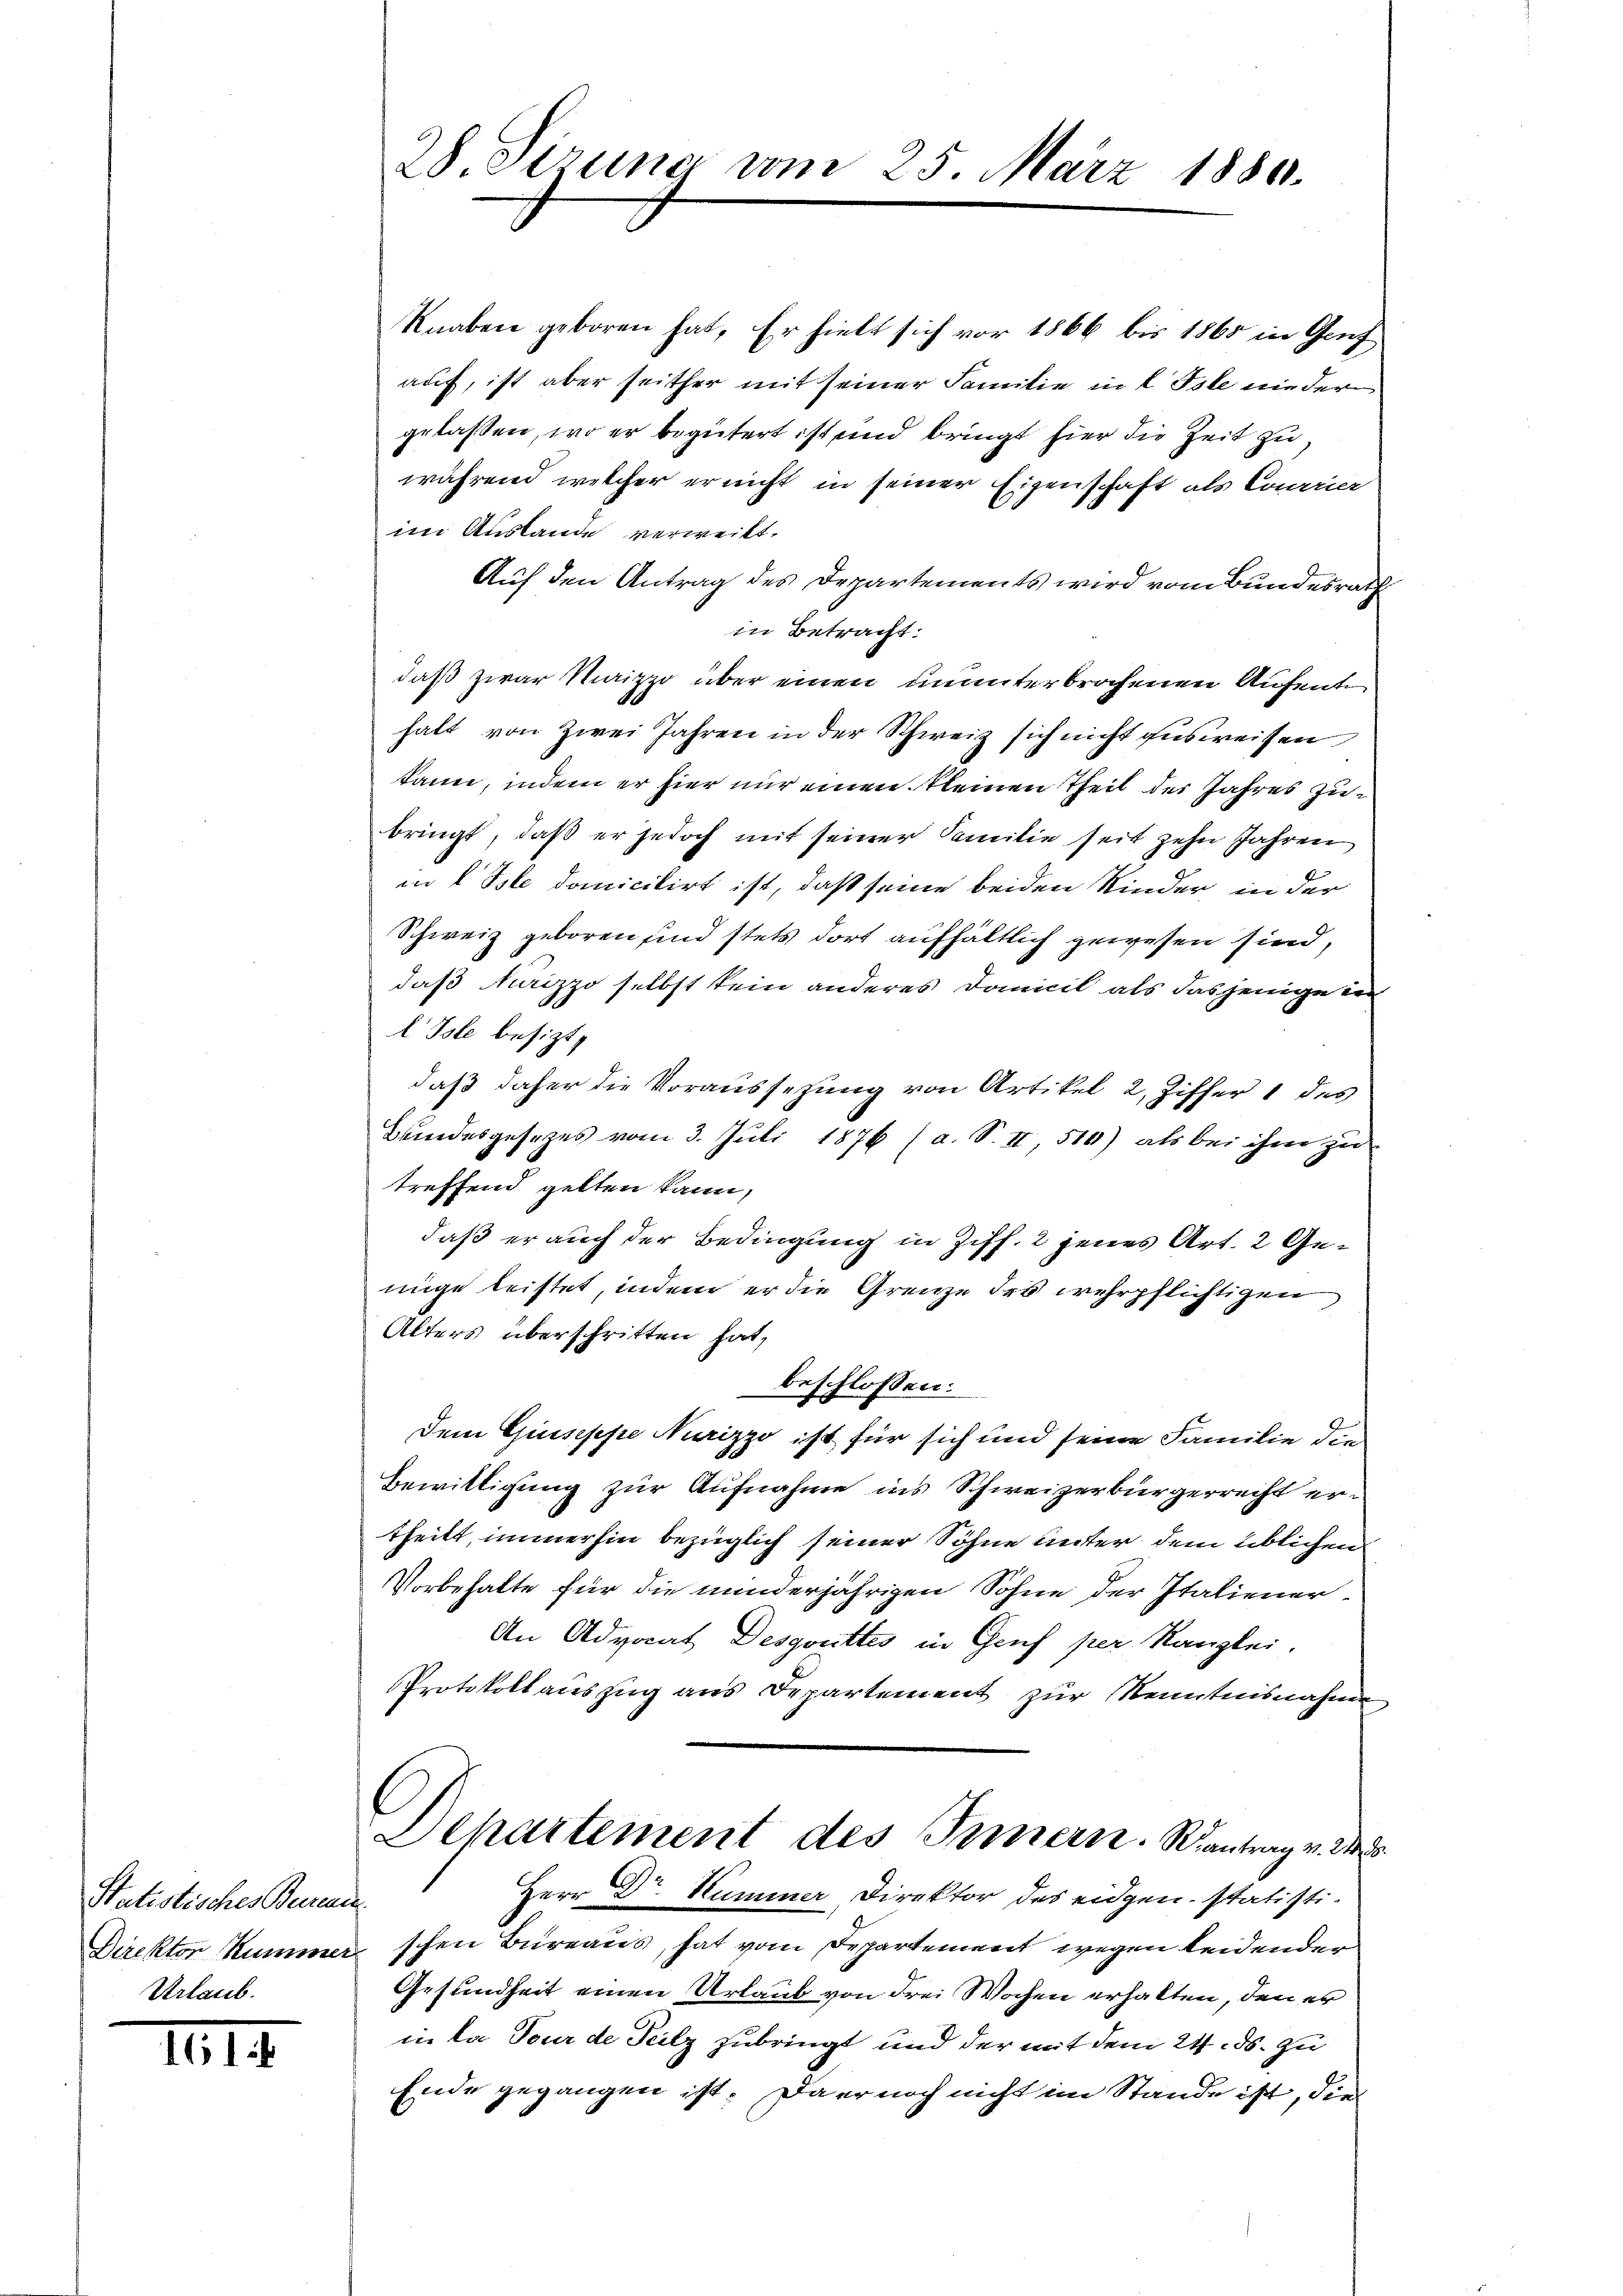
Statistisches Bernan
Urlaub.

IIII.

Knaben geboren hat. Er hielt sich vor 1866 bis 1865 in Genf
auf, ist aber seither mit seiner Familie in L. Iste nieder
gelassen, wo er begütert ist und bringt hier die Zeit zu
während welcher er nicht in seiner Eigenschaft als Comanier
im Auslande verweilt.
Auf den Antrag des Departements wird vom Bundesrath
in Betracht:
daß zwar Maizzo über einen ununterbrochenen Aufenthalt von Zwei Jahren in der Schweiz sich nicht ausweisen
kann, indem er hier nur einen kleinen Theil des Jahres Zubringt, daß er jedoch mit seiner Familie seit zehn Jahren
in  Isle domicilirt ist, daß seine beiden Kinder in der
Schweiz geboren sind stets dort aufhältlich gewesen sind,
daß kurizzo selbst kein anderes Domicil als dasjenige den
l Tote besizt,
daß daher die Voraussezung von Artikel 2, Ziffer 1 des
Bundesgesezes vom 3. Juli 1876 (a. S. II, 510) als bei ihm zu
treffend gelten kann,
daß er auch der Bedingung in Ziff. 2 jenes Art. 2 Gemige leistet, indem er die Grenze des wehrpflichtigen
Alters überschritten hat,
bet
schlossen:
Dem Guisesepe Nurizzo ist für sich und seine Familie die
Bewilligung zur Aufnahme ins Schweizerbürgerrecht ertheilt, immerhin bezüglich seiner Söhne unter dem üblichen
Vorbehalte für die minderjährigen Sohne der Italiener¬
An Advocat Desgouttes in Genf per Kanzlei.
Protokollauszug aus Departement zur Kenntnisnahme
Departement des Innern. Wantrag v. Ms.
Herr Dr. Kummer Direktor des eidgen. statisti-
Direktor Kummer schen Bureaus, hat vom Departement wegen leidender
Gesundheit einen Urlaub von drei Wochen erhalten, den er
in la Tour de Teilz zubringt und der mit dem 24. ds. zu
Ende gegangen ist. Da er noch nicht im Stande ist, die

28. Sizung vom 25. März 1880.